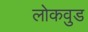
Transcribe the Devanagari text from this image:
लोकवुड